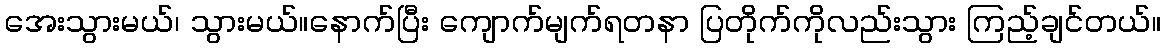
အေးသွားမယ်၊ သွားမယ်။နောက်ပြီး ကျောက်မျက်ရတနာ ပြတိုက်ကိုလည်းသွား ကြည့်ချင်တယ်။